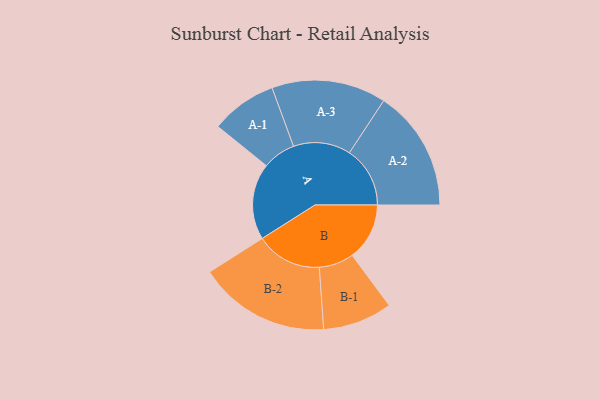
{"axis": {"x": "Segment", "y": "Value"}, "legend": ["", "A", "B"], "data": [{"x": "A", "y": 316, "type": ""}, {"x": "B", "y": 237, "type": ""}, {"x": "A-1", "y": 137, "type": "A"}, {"x": "A-2", "y": 251, "type": "A"}, {"x": "A-3", "y": 237, "type": "A"}, {"x": "B-1", "y": 144, "type": "B"}, {"x": "B-2", "y": 273, "type": "B"}]}